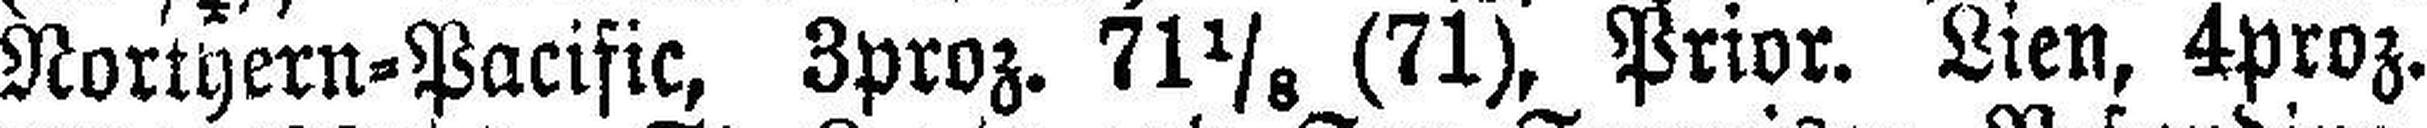
Northern=Pacific, 3proz. 71⅛ (71), Prior. Lien, 4proz.